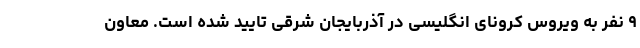
۹ نفر به ویروس کرونای انگلیسی در آذربایجان شرقی تایید شده است. معاون